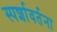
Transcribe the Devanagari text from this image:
स्पर्शावर्तना